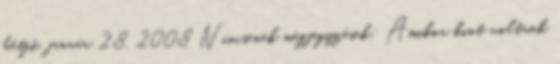
hétfő, január 28, 2008 Nincsenek megjegyzések: Amikor kint voltunk